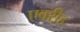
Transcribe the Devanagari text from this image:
एक्‍रीड